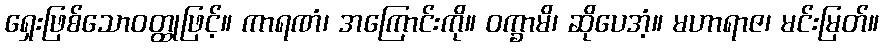
ရှေးဖြစ်သောဝတ္ထုဖြင့်။ ကာရဏံ၊ အကြောင်းကို။ ဝက္ခာမိ၊ ဆိုပေအံ့။ မဟာရာဇ၊ မင်းမြတ်။